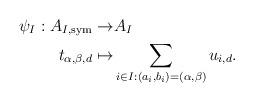
LaTeX: \begin{align*}\psi_I:A_{I,\mathrm{sym}}\rightarrow& A_I\\t_{\alpha,\beta,d} \mapsto & \sum_{i\in I:(a_i,b_i)=(\alpha,\beta)} u_{i,d}.\end{align*}